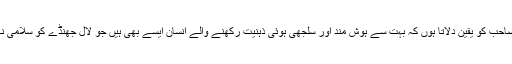
میں ڈاکٹر صاحب کو یقین دلاتا ہوں کہ بہت سے ہوش مند اور سلجھی ہوئی ذہنیت رکھنے والے انسان ایسے بھی ہیں جو لال جھنڈے کو سلامی نہیں دیتے ‘‘۔